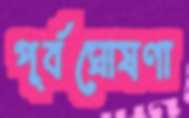
পূর্বঘোষণা